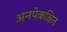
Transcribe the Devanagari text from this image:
अनपेकक्षित